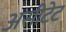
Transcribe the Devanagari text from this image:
असीटेट